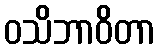
ဝသိဘာဝိတာ